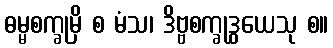
ဓမ္မစက္ခုမှိ စ မံသ၊ ဒိဗ္ဗစက္ခုဒွယေသု စ။